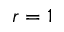
r = 1